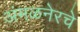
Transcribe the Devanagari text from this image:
अंमळनेरचे